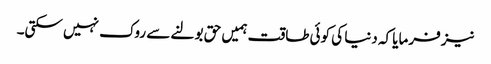
نیز فرمایا کہ دنیا کی کوئی طاقت ہمیں حق بولنے سے روک نہیں سکتی۔